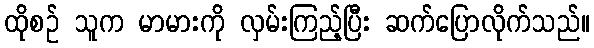
ထိုစဉ် သူက မာမားကို လှမ်းကြည့်ပြီး ဆက်ပြောလိုက်သည်။